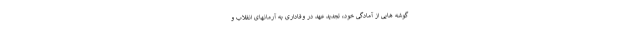
گوشه هایی از آمادگی خود، تجدید عهد در وفاداری به آرمانهای انقلاب و